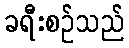
ခရီးစဉ်သည်